Report on lock hospitals in British Burma
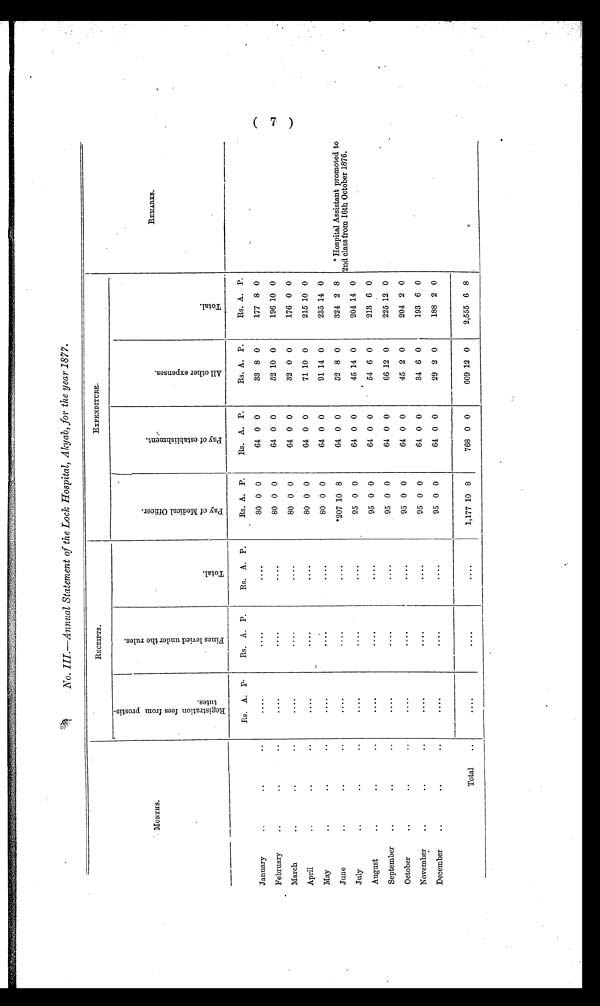
-No. III.—Annual Statement of the Lock Hospital, Akyab, for the year 1877.
RECEIPTS.
E X P E N D I T U R E .
MONTHS.
R e g i s t r a t i o n f e e s f r o m p r o s t i s t u t e s .
F i n e s l e v i e d u n d e r t h e r u l e s .
T o t a l
P a y o f M e d i c a l O f f i c e r .
i
P a y o f e s t a b l i s h m e n t .
A l l o t h e r e x p e n s e s .
T o t a l
R E M A R K S
.
January
..
..
..
Rs. A. P.
Rs. A. P.
Rs. A. P.
Rs. A. P.
Rs. A. P.
Rs. A. P.
Rs. A. P.
* Hospital Assistant promoted to
2nd class from 16th October 1876.
....
....
....
80. 0 0
64 0 0
33 8 0
177 8 0
February
..
..
. .
....
....
....
80 0 0
64 0 0
52 10 0
196 10 0
March
..
..
. . •
....
....
....
80 0 0
64 0 0
32 0 0
176 0 0
April
..
..
..
....
....
_
....
80 0 0
64 0 0
71 10 0
215 10 0
May
..
..
..
. . . .
....
....
80 0 0
64 0 0
91 14 0
235 14 0
June
..
..
..
....
. . . .
....
*207 10 8
64 0 0
52 8 0
324 2 8
July
..
..
..
....
....
....
95 0 0
64 0 0
45 14 0
204 14 0
August
..
..
..
. . . .
. . . .
....
95 0 0
64 0 0
54 6 0
213 6 0
September
..
..
..
....
....
....
95 0 0
64 0 0
66 12 0
225 12 0
October
..
..
..
....
....
....
95 0 0
64 0 0
45 2 0
204 2 0
November
..
..
..
....
....
....
95 0 0
64 0 0
34 6 0
193 6 0
December
..
..
..
....
....
....
95 0 0
64 0 0
29 2 0
188 2 0
Total
..
. . . .
....
. . . .
1,177 10 8
768 0 0
609 12 0
2,555 6 8